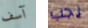
آسف يجب